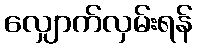
လျှောက်လှမ်းရန်